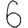
Digit: 6